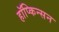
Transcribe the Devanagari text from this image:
हॉप्किन्सन